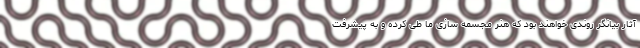
آثار بیانگر روندی خواهند بود که هنر مجسمه سازی ما طی کرده و به پیشرفت